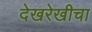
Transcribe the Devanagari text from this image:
देखरेखीचा